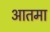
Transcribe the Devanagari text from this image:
आतमा